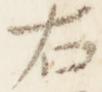
右